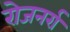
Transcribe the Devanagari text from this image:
रोजनर्रा